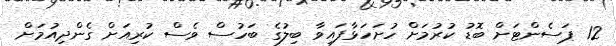
12 ޕަސެންޓަށް ބޮޑު ކުރުމަށް ހުށަހަޅާފައިވާ ބިލުގެ ބަހުސް ވެސް ކުރިއަށް ގެންދިއުމަށް